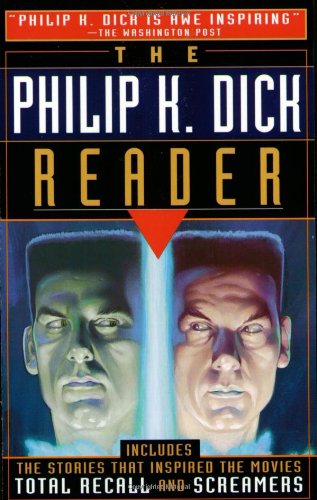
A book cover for The Philip K. Dick Reader; Philip K. Dick; Science Fiction & Fantasy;